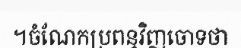
។ចំណែកប្រពន្ធវិញចោទថា